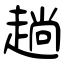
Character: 趟